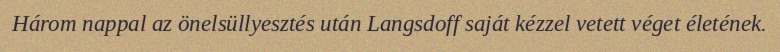
Három nappal az önelsüllyesztés után Langsdoff saját kézzel vetett véget életének.